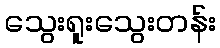
သွေးရူးသွေးတန်း